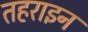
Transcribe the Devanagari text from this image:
तहराइन